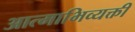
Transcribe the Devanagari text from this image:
आत्माभिव्यक्ती